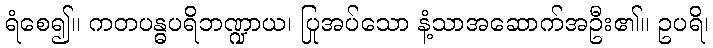
ရံစေ၍။ ကတပန္ဓပရိဘဏ္ဍာယ၊ ပြုအပ်သော နံ့သာအဆောက်အဦး၏။ ဥပရိ၊